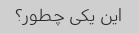
این یکی چطور؟